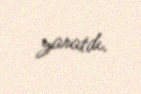
yaratdı.